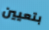
بتعيين